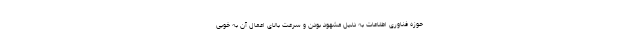
حوزه فناوری اطلاعات به دلیل مشهود بودن و سرعت بالای اعمال آن به خوبی